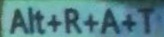
A l t + R + A + T